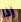
إذا